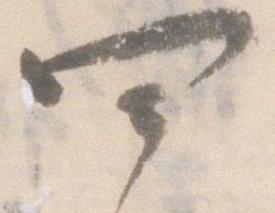
四